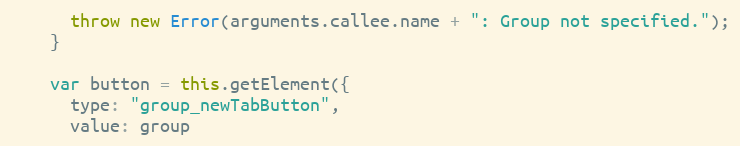
Language: JavaScript
      throw new Error(arguments.callee.name + ": Group not specified.");
    }

    var button = this.getElement({
      type: "group_newTabButton",
      value: group